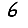
Digit: 6